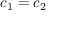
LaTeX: c _ { 1 } = c _ { 2 }